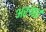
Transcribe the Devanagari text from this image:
अरुणई